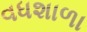
વધશાળા